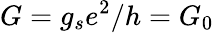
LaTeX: G=g_{s}e^{2}/h=G_{0}